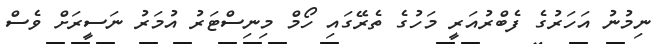
ނިމުނު އަހަރުގެ ފެބްރުއަރީ މަހުގެ ތެރޭގައި ހޯމް މިނިސްޓަރު އުމަރު ނަސީރަށް ވެސް